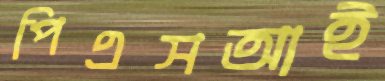
পিএসআই